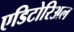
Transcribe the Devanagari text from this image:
एडिटोरिअल